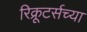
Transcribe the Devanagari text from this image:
रिक्रूटर्सच्या